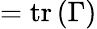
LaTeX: =\operatorname{tr}\left(\Gamma\right)